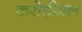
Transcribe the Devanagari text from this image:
करोड़ीमल